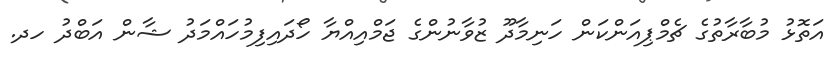
އަތޮޅު މުބާރާތުގެ ޗެމްޕިއަންކަން ހަނިމާދޫ ޒުވާނުންގެ ޖަމްއިއްޔާ ހޯދައިފިމުހައްމަދު ޝާން އަބްދު ހދ.